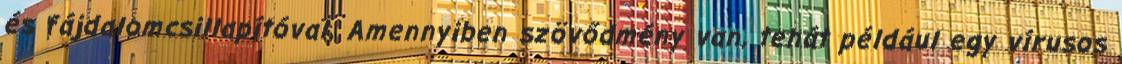
és fájdalomcsillapítóval. Amennyiben szövődmény van, tehát például egy vírusos